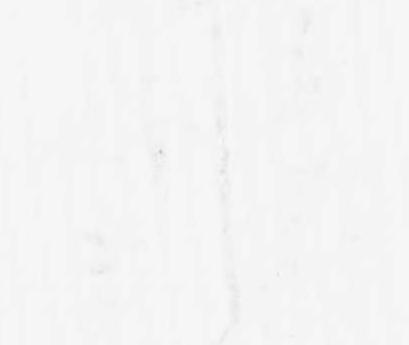
候